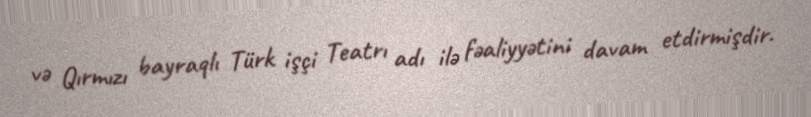
və Qırmızı bayraqlı Türk işçi Teatrı adı ilə fəaliyyətini davam etdirmişdir.